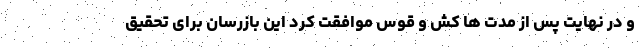
و در نهایت پس از مدت ها کش و قوس موافقت کرد این بازرسان برای تحقیق